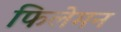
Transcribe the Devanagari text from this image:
फिलेमन